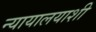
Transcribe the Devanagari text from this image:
न्यायालयाशी